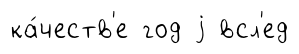
ка́честв'е год j всл'ед